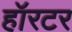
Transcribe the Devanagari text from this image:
हॉरटर